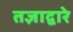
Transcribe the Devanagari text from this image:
तज्ञाद्वारे